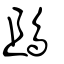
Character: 鴡